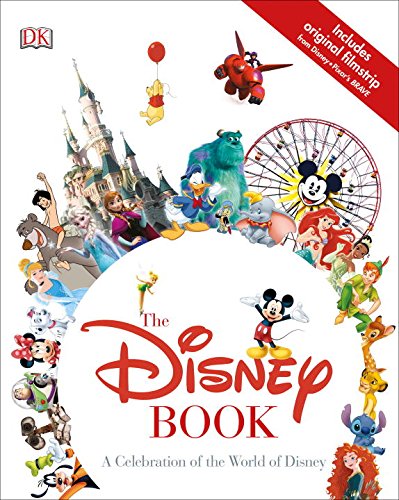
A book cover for The Disney Book; Jim Fanning; Humor & Entertainment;